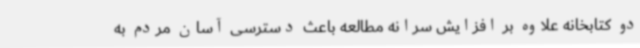
دو کتابخانه علاوه بر افزایش سرانه مطالعه باعث دسترسی آسان مردم به